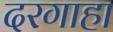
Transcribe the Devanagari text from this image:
दरगाहा